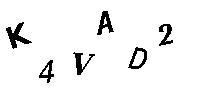
K4VAD2